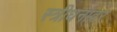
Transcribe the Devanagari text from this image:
स्त्रीधनावर